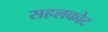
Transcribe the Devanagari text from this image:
सहलकोट